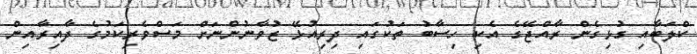
ކްލަބާއި ގުޅިގެން ރާއްޖޭގެ އެކި ހިސާބު ތަކުގައި ދިރިއުޅޭ ޒުވާނުންނަށް މަސްވެރިކަމުގެ ދާއިރާއިން